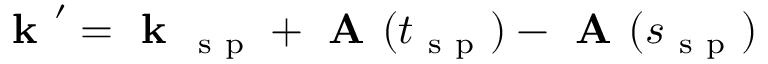
\textbf { k } ^ { \prime } = \textbf { k } _ { \mathrm { ~ s ~ p ~ } } + \textbf { A } ( t _ { \mathrm { ~ s ~ p ~ } } ) - \textbf { A } ( s _ { \mathrm { ~ s ~ p ~ } } )